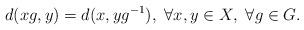
LaTeX: \begin{align*} d(xg,y) = d(x,yg^{-1}),\ \forall x,y\in X,\ \forall g\in G. \end{align*}